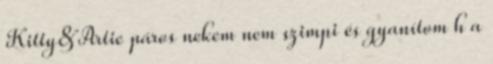
Kitty&Artie páros nekem nem szimpi és gyanítom h a